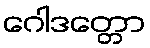
ဂေါဒတ္တော